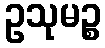
ဥသုမဉ္စ